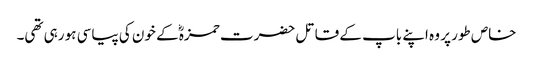
خاص طور پر وہ اپنے باپ کے قاتل حضرت حمزہؓ کے خون کی پیاسی ہو رہی تھی۔